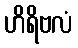
ဟိရိဗလံ